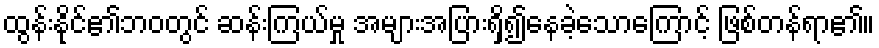
ထွန်းနိုင်၏ဘဝတွင် ဆန်းကြယ်မှု အများအပြားရှိ၍နေခဲ့သောကြောင့် ဖြစ်တန်ရာ၏။